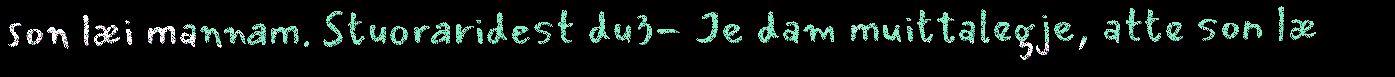
son læi mannam. Stuoraridest du3- Je dam muittalegje, atte son læ